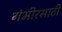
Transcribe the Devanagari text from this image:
गंभीरसाठी